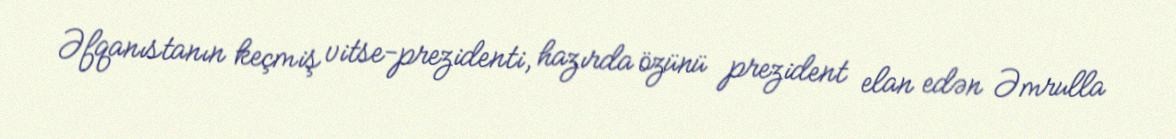
Əfqanıstanın keçmiş vitse-prezidenti, hazırda özünü prezident elan edən Əmrulla